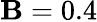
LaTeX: \mathbf{B}=0.4